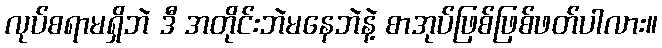
လုပ်စရာမရှိဘဲ ဒီ အတိုင်းဘဲမနေဘဲနဲ့ စာအုပ်ဖြစ်ဖြစ်ဖတ်ပါလား။